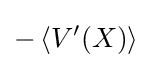
-\left\langle V'(X)\right\rangle